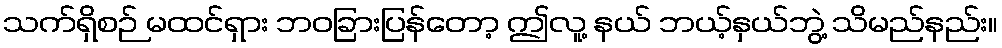
သက်ရှိစဉ် မထင်ရှား ဘဝခြားပြန်တော့ ဤလူ့ နယ် ဘယ့်နှယ်ဘွဲ့ သိမည်နည်း။